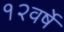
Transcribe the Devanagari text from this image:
१२वर्षे